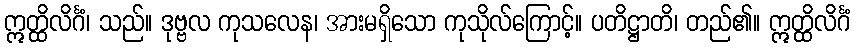
ဣတ္ထိလိင်္ဂံ၊ သည်။ ဒုဗ္ဗလ ကုသလေန၊ အားမရှိသော ကုသိုလ်ကြောင့်။ ပတိဋ္ဌာတိ၊ တည်၏။ ဣတ္ထိလိင်္ဂံ